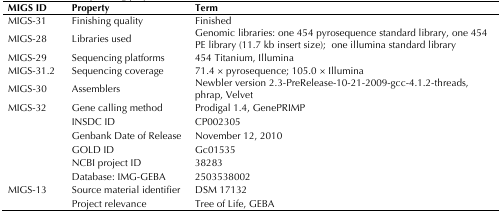
<table><thead><tr><td><b>MIGS ID</b></td><td><b>Property</b></td><td><b>Term</b></td></tr></thead><tbody><tr><td>MIGS-31</td><td>Finishing quality</td><td>Finished</td></tr><tr><td>MIGS-28</td><td>Libraries used</td><td>Genomic libraries:one 454 pyrosequence standard library,one 454 PE library (11.7 kb insert size);one illumina standard library</td></tr><tr><td>MIGS-29</td><td>Sequencing platforms</td><td>454 Titanium, Illumina</td></tr><tr><td>MIGS-31.2</td><td>Sequencing coverage</td><td>71.4 × pyrosequence; 105.0 × Illumina</td></tr><tr><td>MIGS-30</td><td>Assemblers</td><td>Newbler version 2.3-PreRelease-10-21-2009-gcc-4.1.2-threads, phrap, Velvet</td></tr><tr><td>MIGS-32</td><td>Gene calling method</td><td>Prodigal 1.4, GenePRIMP</td></tr><tr><td></td><td>INSDC ID</td><td>CP002305</td></tr><tr><td></td><td>Genbank Date of Release</td><td>November 12, 2010</td></tr><tr><td></td><td>GOLD ID</td><td>Gc01535</td></tr><tr><td></td><td>NCBI project ID</td><td>38283</td></tr><tr><td></td><td>Database: IMG-GEBA</td><td>2503538002</td></tr><tr><td>MIGS-13</td><td>Source material identifier</td><td>DSM 17132</td></tr><tr><td></td><td>Project relevance</td><td>Tree of Life, GEBA</td></tr></tbody></table>